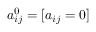
a _ { i j } ^ { 0 } = [ a _ { i j } = 0 ]